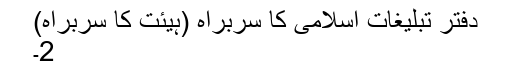
دفتر تبلیغات اسلامی کا سربراہ (ہیئت کا سربراہ)
2۔